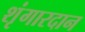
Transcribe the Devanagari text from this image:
शृंगारदान